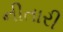
નીતારી